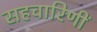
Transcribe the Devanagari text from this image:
सहचारिणीं